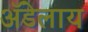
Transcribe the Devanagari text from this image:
अॅडेलाय